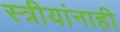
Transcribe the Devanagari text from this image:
स्त्रीयांनाही